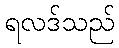
ရလဒ်သည်